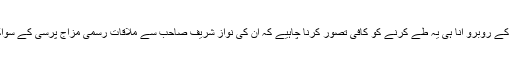
حامد کرزئی کا کیمروں کے روبرو آنا ہی یہ طے کرنے کو کافی تصور کرنا چاہیے کہ ان کی نواز شریف صاحب سے ملاقات رسمی مزاج پرسی کے سواکوئی اہمیت نہیں رکھتی۔